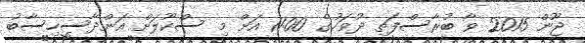
ޖޫން 2015 ވާ ބުރާސްފަތި ދުވަހުގެ 11:00 އަށް މި ސްކޫލަށް އަންދާސީހިސާބު